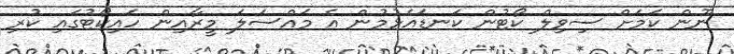
ނޫން ކަމަށް ސިވިލް ކޯޓުން ކަނޑައެޅުމުން އެ މައްސަލަ މީރާއިން ހައިކޯޓުގައި ކުރި